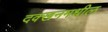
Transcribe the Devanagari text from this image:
दक्खनमधील